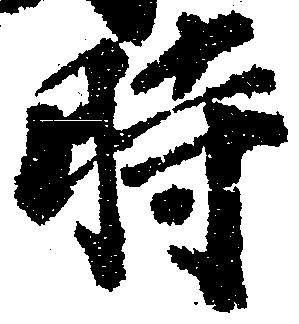
時